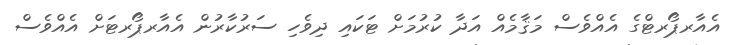
އެއާރޕޯރޓްގެ އެއްވެސް މަޤާމެއް އަދާ ކުރުމަށް ޓަކައި ދިވެހި ސަރުކާރުން އެއާރޕޯރޓަށް އެއްވެސް